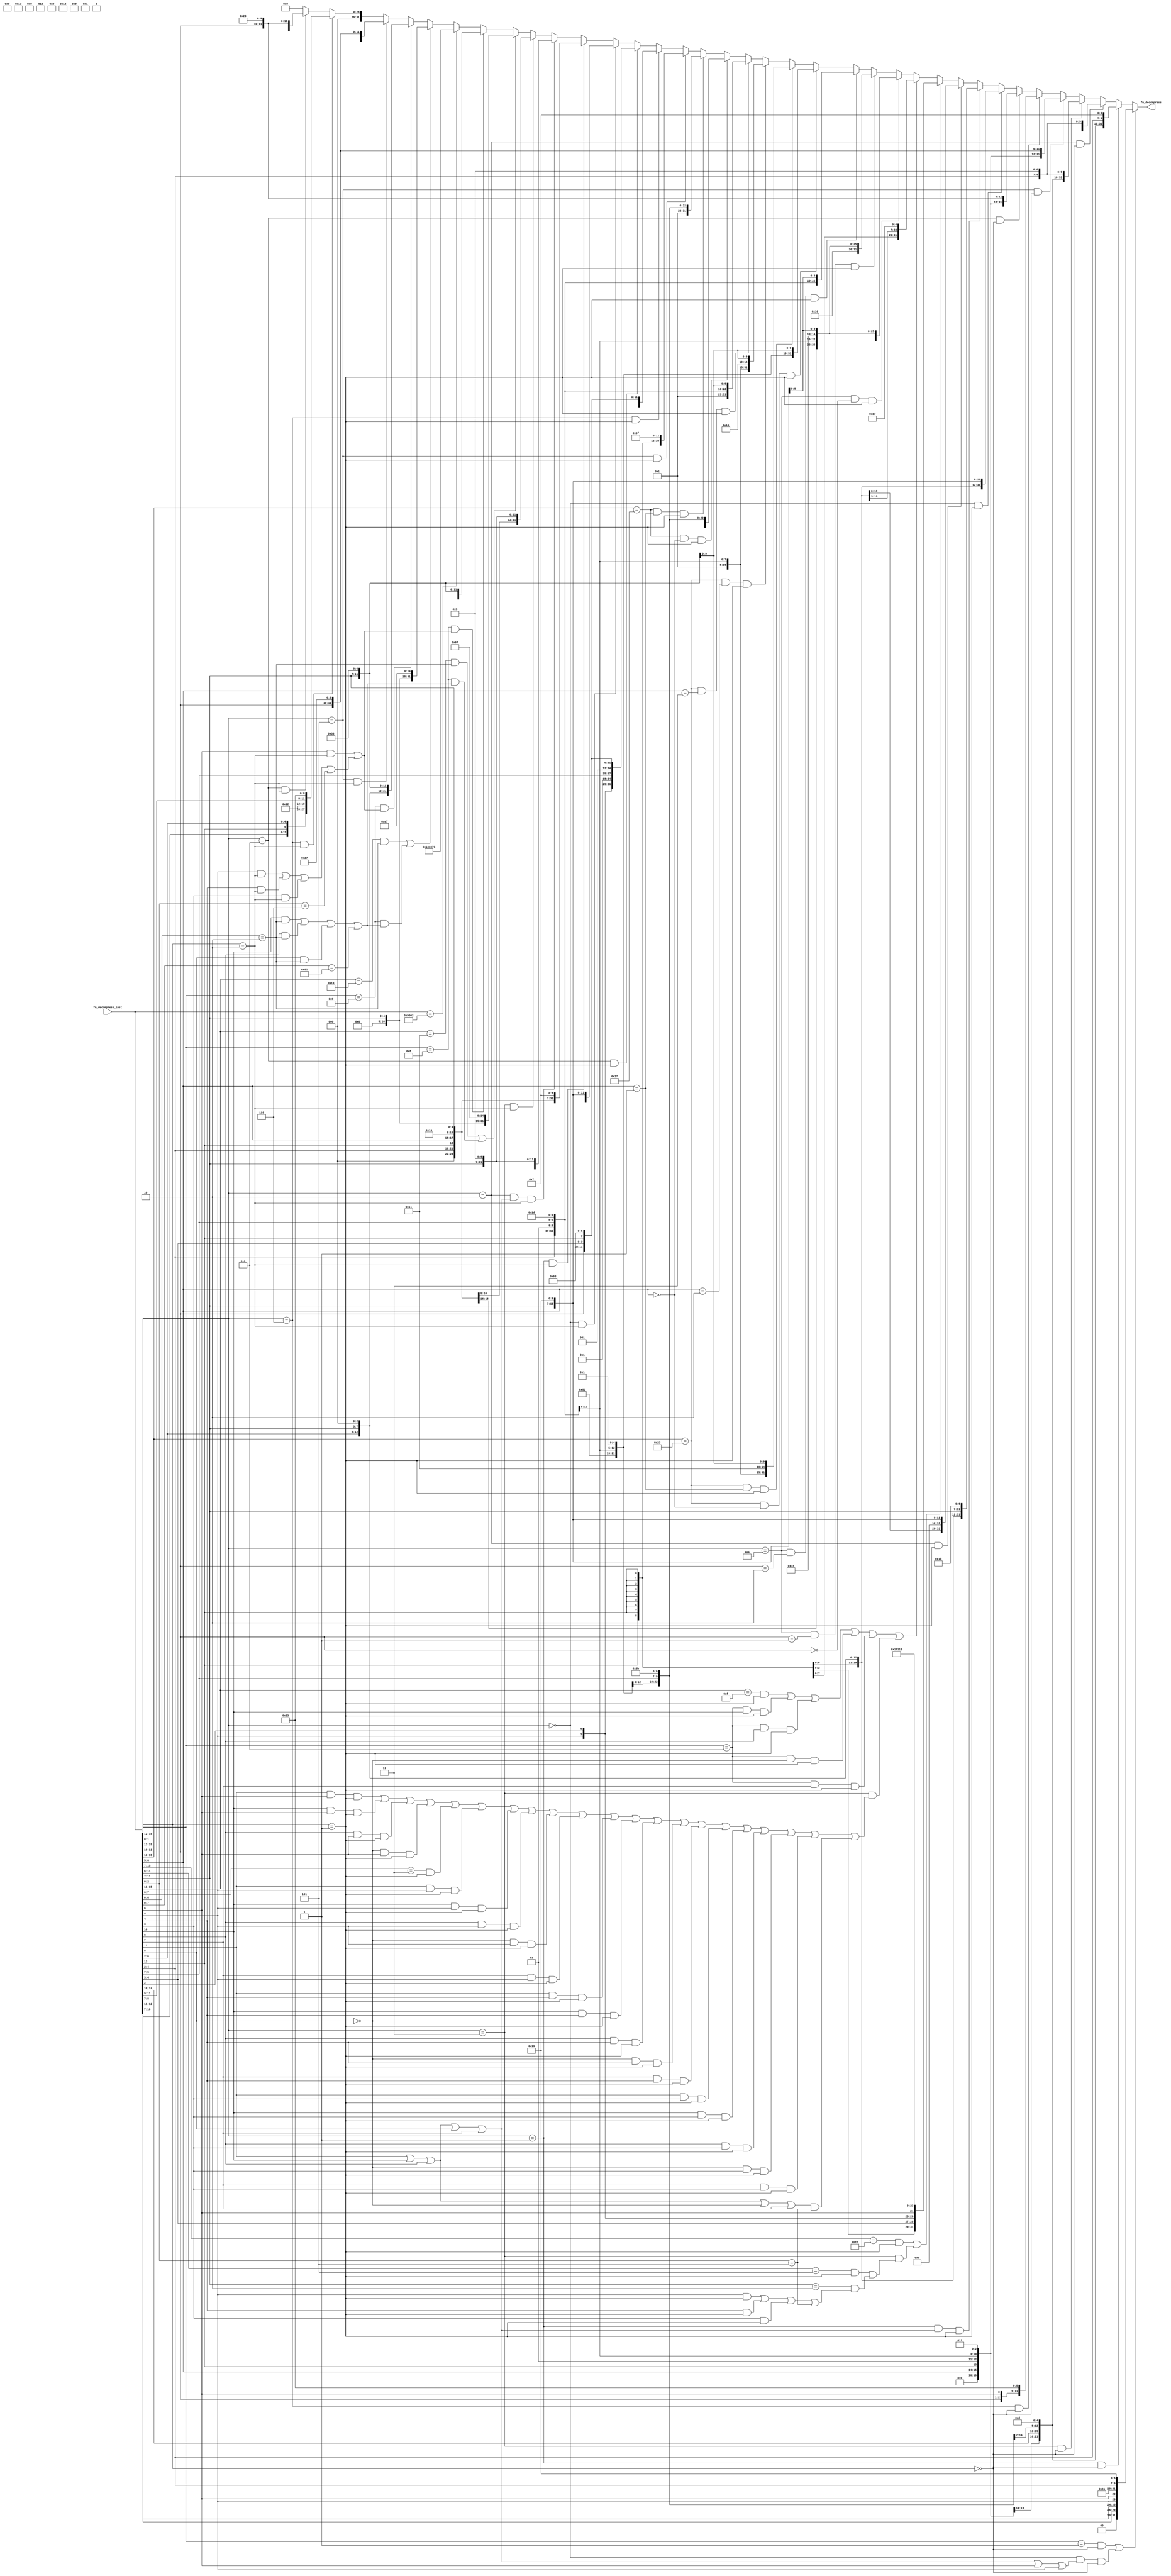
//
// Generated by Bluespec Compiler, version 2021.07-1-gaf77efcd (build af77efcd)
//
// On Tue Dec  7 15:48:10 IST 2021
//
//
// Ports:
// Name                         I/O  size props
// fn_decompress                  O    32
// fn_decompress_inst             I    16
//
// Combinational paths from inputs to outputs:
//   fn_decompress_inst -> fn_decompress
//
//

`ifdef BSV_ASSIGNMENT_DELAY
`else
  `define BSV_ASSIGNMENT_DELAY
`endif

`ifdef BSV_POSITIVE_RESET
  `define BSV_RESET_VALUE 1'b1
  `define BSV_RESET_EDGE posedge
`else
  `define BSV_RESET_VALUE 1'b0
  `define BSV_RESET_EDGE negedge
`endif

module module_fn_decompress(fn_decompress_inst,
			    fn_decompress);
  // value method fn_decompress
  input  [15 : 0] fn_decompress_inst;
  output [31 : 0] fn_decompress;

  // signals for module outputs
  wire [31 : 0] fn_decompress;

  // remaining internal signals
  wire [31 : 0] IF_fn_decompress_inst_BITS_15_TO_11_22_EQ_0b10_ETC___d338,
		IF_fn_decompress_inst_BITS_15_TO_11_22_EQ_0b10_ETC___d341,
		IF_fn_decompress_inst_BITS_15_TO_12_EQ_0b1000__ETC___d340,
		IF_fn_decompress_inst_BITS_15_TO_12_EQ_0b1001__ETC___d337,
		IF_fn_decompress_inst_BITS_15_TO_13_EQ_0b0_AND_ETC___d345,
		IF_fn_decompress_inst_BITS_15_TO_13_EQ_0b100_9_ETC___d355,
		IF_fn_decompress_inst_BITS_15_TO_13_EQ_0b101_3_ETC___d365,
		IF_fn_decompress_inst_BITS_15_TO_13_EQ_0b10_2__ETC___d343,
		IF_fn_decompress_inst_BITS_15_TO_13_EQ_0b10_2__ETC___d367,
		IF_fn_decompress_inst_BITS_15_TO_13_EQ_0b110_3_ETC___d335,
		IF_fn_decompress_inst_BITS_15_TO_13_EQ_0b111_0_ETC___d363,
		IF_fn_decompress_inst_BITS_15_TO_13_EQ_0b1_2_A_ETC___d361,
		IF_fn_decompress_inst_BITS_15_TO_7_4_EQ_0b1110_ETC___d359;
  wire [11 : 0] SEXT_fn_decompress_inst_BIT_12_5_CONCAT_fn_dec_ETC___d79;
  wire [9 : 0] x__h1410, x__h4553;
  wire [8 : 0] x__h12674;
  wire [7 : 0] x__h12537, x__h1873;
  wire [6 : 0] x__h1714;
  wire [5 : 0] fn_decompress_inst_BIT_12_CONCAT_fn_decompress_ETC__q1;
  wire [3 : 0] x__h15197;
  wire [2 : 0] x__h15060, x__h2357;
  wire [1 : 0] x__h2177;
  wire fn_decompress_inst_BIT_10_AND_fn_decompress_in_ETC___d291,
       fn_decompress_inst_BIT_5_4_AND_fn_decompress_i_ETC___d302;

  // value method fn_decompress
  assign fn_decompress =
	     (fn_decompress_inst[15:12] == 4'b0001 &&
	      fn_decompress_inst[1:0] == 2'b0 ||
	      fn_decompress_inst[15:13] == 3'b0 &&
	      (fn_decompress_inst[11] || fn_decompress_inst[10] ||
	       fn_decompress_inst[9] ||
	       fn_decompress_inst[8] ||
	       fn_decompress_inst[7] ||
	       fn_decompress_inst[6] ||
	       fn_decompress_inst[5]) &&
	      fn_decompress_inst[1:0] == 2'b0) ?
	       { 2'd0, x__h1410, 10'd65, fn_decompress_inst[4:2], 7'd19 } :
	       ((fn_decompress_inst[15:13] == 3'b001 &&
		 fn_decompress_inst[1:0] == 2'b0) ?
		  { 4'd0,
		    x__h1873,
		    2'b01,
		    fn_decompress_inst[9:7],
		    5'b01101,
		    fn_decompress_inst[4:2],
		    7'd7 } :
		  IF_fn_decompress_inst_BITS_15_TO_13_EQ_0b10_2__ETC___d367) ;

  // remaining internal signals
  assign IF_fn_decompress_inst_BITS_15_TO_11_22_EQ_0b10_ETC___d338 =
	     (fn_decompress_inst[15:11] == 5'b10011 &&
	      fn_decompress_inst[6:0] == 7'b0000010 ||
	      fn_decompress_inst[15:12] == 4'b1001 &&
	      fn_decompress_inst_BIT_10_AND_fn_decompress_in_ETC___d291) ?
	       { 12'd0, fn_decompress_inst[11:7], 15'd231 } :
	       IF_fn_decompress_inst_BITS_15_TO_12_EQ_0b1001__ETC___d337 ;
  assign IF_fn_decompress_inst_BITS_15_TO_11_22_EQ_0b10_ETC___d341 =
	     (fn_decompress_inst[15:11] == 5'b10001 &&
	      fn_decompress_inst[6:0] == 7'b0000010 ||
	      fn_decompress_inst[15:12] == 4'b1000 &&
	      fn_decompress_inst_BIT_10_AND_fn_decompress_in_ETC___d291) ?
	       { 12'd0, fn_decompress_inst[11:7], 15'd103 } :
	       IF_fn_decompress_inst_BITS_15_TO_12_EQ_0b1000__ETC___d340 ;
  assign IF_fn_decompress_inst_BITS_15_TO_12_EQ_0b1000__ETC___d340 =
	     (fn_decompress_inst[15:12] == 4'b1000 &&
	      (fn_decompress_inst[6] && fn_decompress_inst[1:0] == 2'b10 ||
	       fn_decompress_inst_BIT_5_4_AND_fn_decompress_i_ETC___d302)) ?
	       { 7'b0,
		 fn_decompress_inst[6:2],
		 8'd0,
		 fn_decompress_inst[11:7],
		 7'd51 } :
	       ((fn_decompress_inst == 16'b1001000000000010) ?
		  32'd1048691 :
		  IF_fn_decompress_inst_BITS_15_TO_11_22_EQ_0b10_ETC___d338) ;
  assign IF_fn_decompress_inst_BITS_15_TO_12_EQ_0b1001__ETC___d337 =
	     (fn_decompress_inst[15:12] == 4'b1001 &&
	      (fn_decompress_inst[6] && fn_decompress_inst[1:0] == 2'b10 ||
	       fn_decompress_inst_BIT_5_4_AND_fn_decompress_i_ETC___d302)) ?
	       { 7'b0,
		 fn_decompress_inst[6:2],
		 fn_decompress_inst[11:7],
		 3'b0,
		 fn_decompress_inst[11:7],
		 7'd51 } :
	       ((fn_decompress_inst[15:13] == 3'b101 &&
		 fn_decompress_inst[1:0] == 2'b10) ?
		  { 3'd0,
		    x__h15197,
		    fn_decompress_inst[6:2],
		    8'd19,
		    fn_decompress_inst[11:10],
		    10'd39 } :
		  IF_fn_decompress_inst_BITS_15_TO_13_EQ_0b110_3_ETC___d335) ;
  assign IF_fn_decompress_inst_BITS_15_TO_13_EQ_0b0_AND_ETC___d345 =
	     (fn_decompress_inst[15:13] == 3'b0 &&
	      fn_decompress_inst[1:0] == 2'b10) ?
	       { 6'b0,
		 fn_decompress_inst[12],
		 fn_decompress_inst[6:2],
		 fn_decompress_inst[11:7],
		 3'b001,
		 fn_decompress_inst[11:7],
		 7'd19 } :
	       ((fn_decompress_inst[15:13] == 3'b001 &&
		 fn_decompress_inst[1:0] == 2'b10) ?
		  { 3'd0, x__h12674, 8'd19, fn_decompress_inst[11:7], 7'd7 } :
		  IF_fn_decompress_inst_BITS_15_TO_13_EQ_0b10_2__ETC___d343) ;
  assign IF_fn_decompress_inst_BITS_15_TO_13_EQ_0b100_9_ETC___d355 =
	     (fn_decompress_inst[15:13] == 3'b100 &&
	      fn_decompress_inst[11:10] == 2'b10 &&
	      fn_decompress_inst[1:0] == 2'b01) ?
	       { SEXT_fn_decompress_inst_BIT_12_5_CONCAT_fn_dec_ETC___d79,
		 2'b01,
		 fn_decompress_inst[9:7],
		 5'b11101,
		 fn_decompress_inst[9:7],
		 7'd19 } :
	       ((fn_decompress_inst[15:10] == 6'b100011 &&
		 fn_decompress_inst[6:5] == 2'b0 &&
		 fn_decompress_inst[1:0] == 2'b01) ?
		  { 9'b010000001,
		    fn_decompress_inst[4:2],
		    2'b01,
		    fn_decompress_inst[9:7],
		    5'b00001,
		    fn_decompress_inst[9:7],
		    7'd51 } :
		  ((fn_decompress_inst[15:10] == 6'b100011 &&
		    fn_decompress_inst[6:5] == 2'b01 &&
		    fn_decompress_inst[1:0] == 2'b01) ?
		     { 9'b000000001,
		       fn_decompress_inst[4:2],
		       2'b01,
		       fn_decompress_inst[9:7],
		       5'b10001,
		       fn_decompress_inst[9:7],
		       7'd51 } :
		     ((fn_decompress_inst[15:10] == 6'b100011 &&
		       fn_decompress_inst[6:5] == 2'b10 &&
		       fn_decompress_inst[1:0] == 2'b01) ?
			{ 9'b000000001,
			  fn_decompress_inst[4:2],
			  2'b01,
			  fn_decompress_inst[9:7],
			  5'b11001,
			  fn_decompress_inst[9:7],
			  7'd51 } :
			((fn_decompress_inst[15:10] == 6'b100011 &&
			  fn_decompress_inst[6:5] == 2'b11 &&
			  fn_decompress_inst[1:0] == 2'b01) ?
			   { 9'b000000001,
			     fn_decompress_inst[4:2],
			     2'b01,
			     fn_decompress_inst[9:7],
			     5'b11101,
			     fn_decompress_inst[9:7],
			     7'd51 } :
			   ((fn_decompress_inst[15:10] == 6'b100111 &&
			     fn_decompress_inst[6:5] == 2'b0 &&
			     fn_decompress_inst[1:0] == 2'b01) ?
			      { 9'b010000001,
				fn_decompress_inst[4:2],
				2'b01,
				fn_decompress_inst[9:7],
				5'b00001,
				fn_decompress_inst[9:7],
				7'd59 } :
			      ((fn_decompress_inst[15:10] == 6'b100111 &&
				fn_decompress_inst[6:5] == 2'b01 &&
				fn_decompress_inst[1:0] == 2'b01) ?
				 { 9'b000000001,
				   fn_decompress_inst[4:2],
				   2'b01,
				   fn_decompress_inst[9:7],
				   5'b00001,
				   fn_decompress_inst[9:7],
				   7'd59 } :
				 ((fn_decompress_inst[15:13] == 3'b101 &&
				   fn_decompress_inst[1:0] == 2'b01) ?
				    { fn_decompress_inst[12],
				      fn_decompress_inst[8],
				      fn_decompress_inst[10:9],
				      fn_decompress_inst[6],
				      fn_decompress_inst[7],
				      fn_decompress_inst[2],
				      fn_decompress_inst[11],
				      fn_decompress_inst[5:3],
				      fn_decompress_inst[12],
				      fn_decompress_inst[12],
				      fn_decompress_inst[12],
				      fn_decompress_inst[12],
				      fn_decompress_inst[12],
				      fn_decompress_inst[12],
				      fn_decompress_inst[12],
				      fn_decompress_inst[12],
				      fn_decompress_inst[12],
				      12'd111 } :
				    ((fn_decompress_inst[15:13] == 3'b110 &&
				      fn_decompress_inst[1:0] == 2'b01) ?
				       { fn_decompress_inst[12],
					 fn_decompress_inst[12],
					 fn_decompress_inst[12],
					 fn_decompress_inst[12],
					 fn_decompress_inst[6:5],
					 fn_decompress_inst[2],
					 7'b0000001,
					 fn_decompress_inst[9:7],
					 3'b0,
					 fn_decompress_inst[11:10],
					 fn_decompress_inst[4:3],
					 fn_decompress_inst[12],
					 7'd99 } :
				       ((fn_decompress_inst[15:13] ==
					 3'b111 &&
					 fn_decompress_inst[1:0] == 2'b01) ?
					  { fn_decompress_inst[12],
					    fn_decompress_inst[12],
					    fn_decompress_inst[12],
					    fn_decompress_inst[12],
					    fn_decompress_inst[6:5],
					    fn_decompress_inst[2],
					    7'b0000001,
					    fn_decompress_inst[9:7],
					    3'b001,
					    fn_decompress_inst[11:10],
					    fn_decompress_inst[4:3],
					    fn_decompress_inst[12],
					    7'd99 } :
					  IF_fn_decompress_inst_BITS_15_TO_13_EQ_0b0_AND_ETC___d345))))))))) ;
  assign IF_fn_decompress_inst_BITS_15_TO_13_EQ_0b101_3_ETC___d365 =
	     (fn_decompress_inst[15:13] == 3'b101 &&
	      fn_decompress_inst[1:0] == 2'b0) ?
	       { 4'd0,
		 x__h2357,
		 2'b01,
		 fn_decompress_inst[4:2],
		 2'b01,
		 fn_decompress_inst[9:7],
		 3'b011,
		 fn_decompress_inst[11:10],
		 10'd39 } :
	       ((fn_decompress_inst[15:13] == 3'b110 &&
		 fn_decompress_inst[1:0] == 2'b0) ?
		  { 5'd0,
		    x__h2177,
		    2'b01,
		    fn_decompress_inst[4:2],
		    2'b01,
		    fn_decompress_inst[9:7],
		    3'b010,
		    fn_decompress_inst[11:10],
		    fn_decompress_inst[6],
		    9'd35 } :
		  IF_fn_decompress_inst_BITS_15_TO_13_EQ_0b111_0_ETC___d363) ;
  assign IF_fn_decompress_inst_BITS_15_TO_13_EQ_0b10_2__ETC___d343 =
	     (fn_decompress_inst[15:13] == 3'b010 &&
	      (fn_decompress_inst[11] || fn_decompress_inst[10] ||
	       fn_decompress_inst[9] ||
	       fn_decompress_inst[8] ||
	       fn_decompress_inst[7]) &&
	      fn_decompress_inst[1:0] == 2'b10) ?
	       { 4'd0, x__h12537, 8'd18, fn_decompress_inst[11:7], 7'd3 } :
	       ((fn_decompress_inst[15:13] == 3'b011 &&
		 fn_decompress_inst[1:0] == 2'b10) ?
		  { 3'd0, x__h12674, 8'd19, fn_decompress_inst[11:7], 7'd3 } :
		  IF_fn_decompress_inst_BITS_15_TO_11_22_EQ_0b10_ETC___d341) ;
  assign IF_fn_decompress_inst_BITS_15_TO_13_EQ_0b10_2__ETC___d367 =
	     (fn_decompress_inst[15:13] == 3'b010 &&
	      fn_decompress_inst[1:0] == 2'b0) ?
	       { 5'd0,
		 x__h1714,
		 2'b01,
		 fn_decompress_inst[9:7],
		 5'b01001,
		 fn_decompress_inst[4:2],
		 7'd3 } :
	       ((fn_decompress_inst[15:13] == 3'b011 &&
		 fn_decompress_inst[1:0] == 2'b0) ?
		  { 4'd0,
		    x__h1873,
		    2'b01,
		    fn_decompress_inst[9:7],
		    5'b01101,
		    fn_decompress_inst[4:2],
		    7'd3 } :
		  IF_fn_decompress_inst_BITS_15_TO_13_EQ_0b101_3_ETC___d365) ;
  assign IF_fn_decompress_inst_BITS_15_TO_13_EQ_0b110_3_ETC___d335 =
	     (fn_decompress_inst[15:13] == 3'b110 &&
	      fn_decompress_inst[1:0] == 2'b10) ?
	       { 4'd0,
		 x__h15060,
		 fn_decompress_inst[6:2],
		 8'd18,
		 fn_decompress_inst[11:9],
		 9'd35 } :
	       ((fn_decompress_inst[15:13] == 3'b111 &&
		 fn_decompress_inst[1:0] == 2'b10) ?
		  { 3'd0,
		    x__h15197,
		    fn_decompress_inst[6:2],
		    8'd19,
		    fn_decompress_inst[11:10],
		    10'd35 } :
		  32'd0) ;
  assign IF_fn_decompress_inst_BITS_15_TO_13_EQ_0b111_0_ETC___d363 =
	     (fn_decompress_inst[15:13] == 3'b111 &&
	      fn_decompress_inst[1:0] == 2'b0) ?
	       { 4'd0,
		 x__h2357,
		 2'b01,
		 fn_decompress_inst[4:2],
		 2'b01,
		 fn_decompress_inst[9:7],
		 3'b011,
		 fn_decompress_inst[11:10],
		 10'd35 } :
	       ((fn_decompress_inst[15:13] == 3'b0 &&
		 fn_decompress_inst[1:0] == 2'b01) ?
		  { SEXT_fn_decompress_inst_BIT_12_5_CONCAT_fn_dec_ETC___d79,
		    fn_decompress_inst[11:7],
		    3'b0,
		    fn_decompress_inst[11:7],
		    7'd19 } :
		  IF_fn_decompress_inst_BITS_15_TO_13_EQ_0b1_2_A_ETC___d361) ;
  assign IF_fn_decompress_inst_BITS_15_TO_13_EQ_0b1_2_A_ETC___d361 =
	     (fn_decompress_inst[15:13] == 3'b001 &&
	      (fn_decompress_inst[11] || fn_decompress_inst[10] ||
	       fn_decompress_inst[9] ||
	       fn_decompress_inst[8] ||
	       fn_decompress_inst[7]) &&
	      fn_decompress_inst[1:0] == 2'b01) ?
	       { SEXT_fn_decompress_inst_BIT_12_5_CONCAT_fn_dec_ETC___d79,
		 fn_decompress_inst[11:7],
		 3'b0,
		 fn_decompress_inst[11:7],
		 7'd27 } :
	       ((fn_decompress_inst[15:13] == 3'b010 &&
		 fn_decompress_inst[1:0] == 2'b01) ?
		  { SEXT_fn_decompress_inst_BIT_12_5_CONCAT_fn_dec_ETC___d79,
		    8'd0,
		    fn_decompress_inst[11:7],
		    7'd19 } :
		  IF_fn_decompress_inst_BITS_15_TO_7_4_EQ_0b1110_ETC___d359) ;
  assign IF_fn_decompress_inst_BITS_15_TO_7_4_EQ_0b1110_ETC___d359 =
	     (fn_decompress_inst[15:7] == 9'b011100010 &&
	      fn_decompress_inst[1:0] == 2'b01 ||
	      fn_decompress_inst[15:13] == 3'b011 &&
	      (fn_decompress_inst[11:6] == 6'b000101 &&
	       fn_decompress_inst[1:0] == 2'b01 ||
	       fn_decompress_inst[11:7] == 5'b00010 &&
	       (fn_decompress_inst[5] && fn_decompress_inst[1:0] == 2'b01 ||
		fn_decompress_inst[4] && fn_decompress_inst[1:0] == 2'b01 ||
		fn_decompress_inst[3] && fn_decompress_inst[1:0] == 2'b01 ||
		fn_decompress_inst[2:0] == 3'b101))) ?
	       { { {2{x__h4553[9]}}, x__h4553 }, 20'd65811 } :
	       ((fn_decompress_inst[15:11] == 5'b01111 &&
		 fn_decompress_inst[1:0] == 2'b01 ||
		 fn_decompress_inst[15:12] == 4'b0111 &&
		 fn_decompress_inst[10] &&
		 fn_decompress_inst[1:0] == 2'b01 ||
		 fn_decompress_inst[15:12] == 4'b0111 &&
		 fn_decompress_inst[9] &&
		 fn_decompress_inst[1:0] == 2'b01 ||
		 fn_decompress_inst[15:12] == 4'b0111 &&
		 !fn_decompress_inst[8] &&
		 fn_decompress_inst[1:0] == 2'b01 ||
		 fn_decompress_inst[15:12] == 4'b0111 &&
		 fn_decompress_inst[7] &&
		 fn_decompress_inst[1:0] == 2'b01 ||
		 fn_decompress_inst[15:13] == 3'b011 &&
		 (fn_decompress_inst[11] && fn_decompress_inst[6] &&
		  fn_decompress_inst[1:0] == 2'b01 ||
		  fn_decompress_inst[10] && fn_decompress_inst[6] &&
		  fn_decompress_inst[1:0] == 2'b01 ||
		  fn_decompress_inst[9] && fn_decompress_inst[6] &&
		  fn_decompress_inst[1:0] == 2'b01 ||
		  !fn_decompress_inst[8] && fn_decompress_inst[6] &&
		  fn_decompress_inst[1:0] == 2'b01 ||
		  fn_decompress_inst[7:6] == 2'b11 &&
		  fn_decompress_inst[1:0] == 2'b01 ||
		  fn_decompress_inst[11] && fn_decompress_inst[5] &&
		  fn_decompress_inst[1:0] == 2'b01 ||
		  fn_decompress_inst[10] && fn_decompress_inst[5] &&
		  fn_decompress_inst[1:0] == 2'b01 ||
		  fn_decompress_inst[9] && fn_decompress_inst[5] &&
		  fn_decompress_inst[1:0] == 2'b01 ||
		  !fn_decompress_inst[8] && fn_decompress_inst[5] &&
		  fn_decompress_inst[1:0] == 2'b01 ||
		  fn_decompress_inst[7] && fn_decompress_inst[5] &&
		  fn_decompress_inst[1:0] == 2'b01 ||
		  fn_decompress_inst[11] && fn_decompress_inst[4] &&
		  fn_decompress_inst[1:0] == 2'b01 ||
		  fn_decompress_inst[10] && fn_decompress_inst[4] &&
		  fn_decompress_inst[1:0] == 2'b01 ||
		  fn_decompress_inst[9] && fn_decompress_inst[4] &&
		  fn_decompress_inst[1:0] == 2'b01 ||
		  !fn_decompress_inst[8] && fn_decompress_inst[4] &&
		  fn_decompress_inst[1:0] == 2'b01 ||
		  fn_decompress_inst[7] && fn_decompress_inst[4] &&
		  fn_decompress_inst[1:0] == 2'b01 ||
		  fn_decompress_inst[11] && fn_decompress_inst[3] &&
		  fn_decompress_inst[1:0] == 2'b01 ||
		  fn_decompress_inst[10] && fn_decompress_inst[3] &&
		  fn_decompress_inst[1:0] == 2'b01 ||
		  fn_decompress_inst[9] && fn_decompress_inst[3] &&
		  fn_decompress_inst[1:0] == 2'b01 ||
		  !fn_decompress_inst[8] && fn_decompress_inst[3] &&
		  fn_decompress_inst[1:0] == 2'b01 ||
		  fn_decompress_inst[7] && fn_decompress_inst[3] &&
		  fn_decompress_inst[1:0] == 2'b01 ||
		  (fn_decompress_inst[11] || fn_decompress_inst[10] ||
		   fn_decompress_inst[9] ||
		   !fn_decompress_inst[8] ||
		   fn_decompress_inst[7]) &&
		  fn_decompress_inst[2:0] == 3'b101)) ?
		  { { {14{fn_decompress_inst_BIT_12_CONCAT_fn_decompress_ETC__q1[5]}},
		      fn_decompress_inst_BIT_12_CONCAT_fn_decompress_ETC__q1 },
		    fn_decompress_inst[11:7],
		    7'd55 } :
		  ((fn_decompress_inst[15:13] == 3'b100 &&
		    fn_decompress_inst[11:10] == 2'b0 &&
		    fn_decompress_inst[1:0] == 2'b01) ?
		     { 6'b0,
		       fn_decompress_inst[12],
		       fn_decompress_inst[6:2],
		       2'b01,
		       fn_decompress_inst[9:7],
		       5'b10101,
		       fn_decompress_inst[9:7],
		       7'd19 } :
		     ((fn_decompress_inst[15:13] == 3'b100 &&
		       fn_decompress_inst[11:10] == 2'b01 &&
		       fn_decompress_inst[1:0] == 2'b01) ?
			{ 6'b010000,
			  fn_decompress_inst[12],
			  fn_decompress_inst[6:2],
			  2'b01,
			  fn_decompress_inst[9:7],
			  5'b10101,
			  fn_decompress_inst[9:7],
			  7'd19 } :
			IF_fn_decompress_inst_BITS_15_TO_13_EQ_0b100_9_ETC___d355))) ;
  assign SEXT_fn_decompress_inst_BIT_12_5_CONCAT_fn_dec_ETC___d79 =
	     { {6{fn_decompress_inst_BIT_12_CONCAT_fn_decompress_ETC__q1[5]}},
	       fn_decompress_inst_BIT_12_CONCAT_fn_decompress_ETC__q1 } ;
  assign fn_decompress_inst_BIT_10_AND_fn_decompress_in_ETC___d291 =
	     fn_decompress_inst[10] &&
	     fn_decompress_inst[6:0] == 7'b0000010 ||
	     fn_decompress_inst[9] && fn_decompress_inst[6:0] == 7'b0000010 ||
	     fn_decompress_inst[8] && fn_decompress_inst[6:0] == 7'b0000010 ||
	     fn_decompress_inst[7:0] == 8'b10000010 ;
  assign fn_decompress_inst_BIT_12_CONCAT_fn_decompress_ETC__q1 =
	     { fn_decompress_inst[12], fn_decompress_inst[6:2] } ;
  assign fn_decompress_inst_BIT_5_4_AND_fn_decompress_i_ETC___d302 =
	     fn_decompress_inst[5] && fn_decompress_inst[1:0] == 2'b10 ||
	     fn_decompress_inst[4] && fn_decompress_inst[1:0] == 2'b10 ||
	     fn_decompress_inst[3] && fn_decompress_inst[1:0] == 2'b10 ||
	     fn_decompress_inst[2:0] == 3'b110 ;
  assign x__h12537 =
	     { fn_decompress_inst[3:2],
	       fn_decompress_inst[12],
	       fn_decompress_inst[6:4],
	       2'd0 } ;
  assign x__h12674 =
	     { fn_decompress_inst[4:2],
	       fn_decompress_inst[12],
	       fn_decompress_inst[6:5],
	       3'd0 } ;
  assign x__h1410 =
	     { fn_decompress_inst[10:7],
	       fn_decompress_inst[12:11],
	       fn_decompress_inst[5],
	       fn_decompress_inst[6],
	       2'd0 } ;
  assign x__h15060 = { fn_decompress_inst[8:7], fn_decompress_inst[12] } ;
  assign x__h15197 = { fn_decompress_inst[9:7], fn_decompress_inst[12] } ;
  assign x__h1714 =
	     { fn_decompress_inst[5],
	       fn_decompress_inst[12:10],
	       fn_decompress_inst[6],
	       2'd0 } ;
  assign x__h1873 =
	     { fn_decompress_inst[6:5], fn_decompress_inst[12:10], 3'd0 } ;
  assign x__h2177 = { fn_decompress_inst[5], fn_decompress_inst[12] } ;
  assign x__h2357 = { fn_decompress_inst[6:5], fn_decompress_inst[12] } ;
  assign x__h4553 =
	     { fn_decompress_inst[12],
	       fn_decompress_inst[4:3],
	       fn_decompress_inst[5],
	       fn_decompress_inst[2],
	       fn_decompress_inst[6],
	       4'd0 } ;
endmodule  // module_fn_decompress